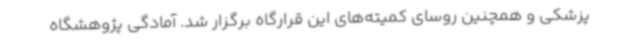
پزشکی و همچنین روسای کمیته‌های این قرارگاه برگزار شد. آمادگی پژوهشگاه